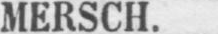
MERSCH.